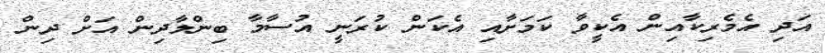
އަދި އެމެރިކާއިން އެކީވާ ކަމަށާއި އެކަން ކުރަނީ އުސާމާ ބިންލާދިން އަށް ދިން